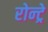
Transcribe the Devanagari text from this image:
रोन्ट्रे